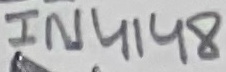
Text: 1N4148